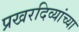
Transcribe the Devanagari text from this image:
प्रखरदिव्यांच्या